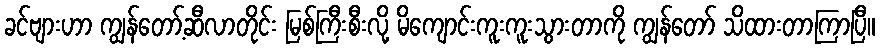
ခင်ဗျားဟာ ကျွန်တော့်ဆီလာတိုင်း မြစ်ကြီးစီးလို့ မိကျောင်းကူးကူးသွားတာကို ကျွန်တော် သိထားတာကြာပြီ။